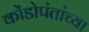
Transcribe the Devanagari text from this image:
कोंडोपंतांच्या